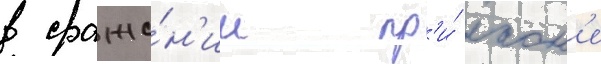
в сраже́н'ии пр'и́ лаон'е